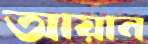
আয়ান